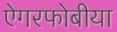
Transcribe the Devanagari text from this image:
ऐगरफोबीया